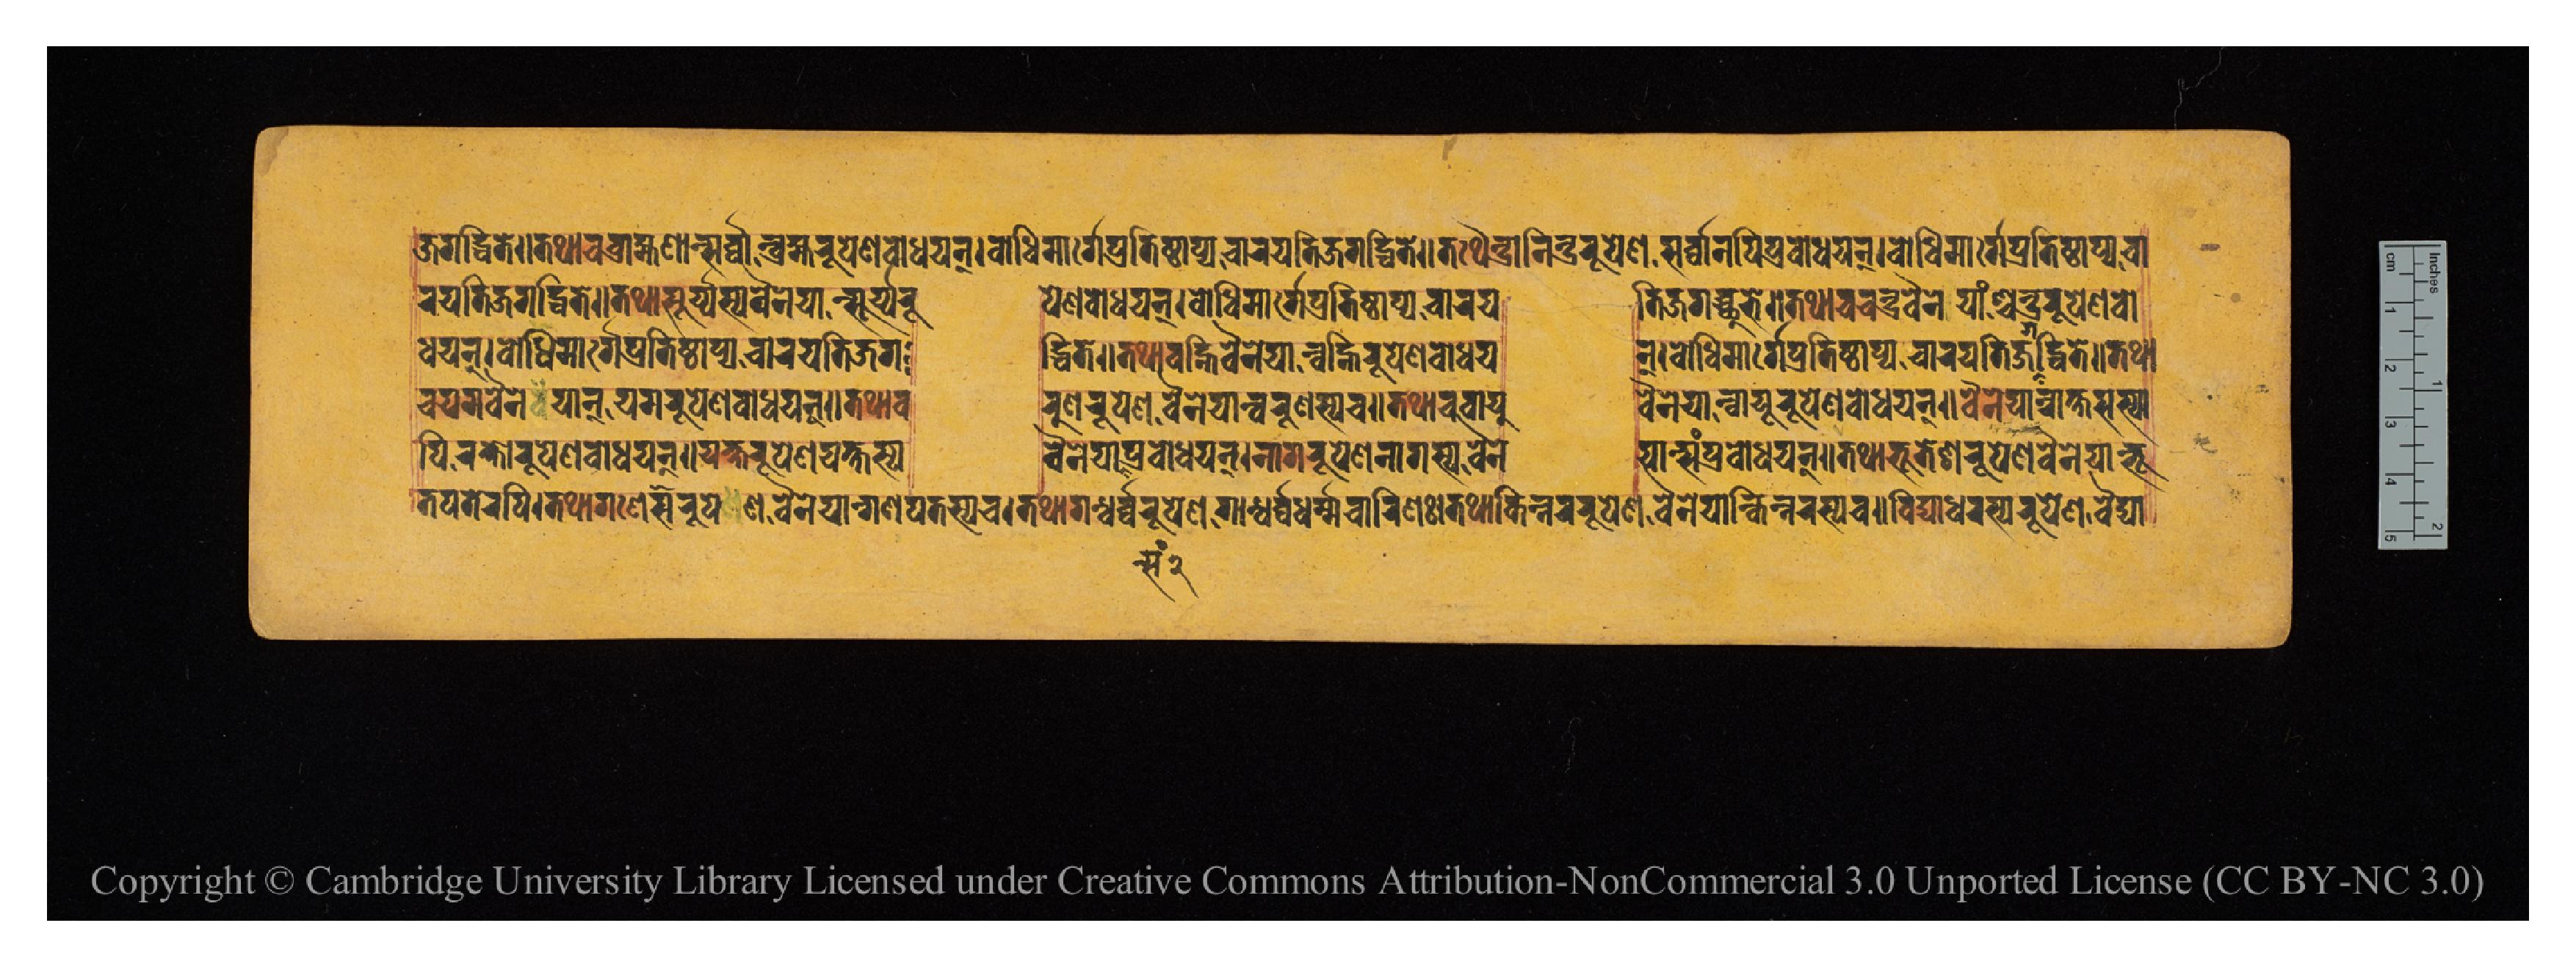
𑐖𑐐𑐡𑑂𑐢𑐶𑐟𑐾𑑌𑐟𑐠𑐵𑐔𑐧𑑂𑐬𑐵𑐴𑑂𑐩𑐞𑐵𑐣𑑂𑐳𑐬𑑂𑐰𑑂𑐰𑐵𑐣𑑂𑐧𑑂𑐬𑐴𑑂𑐩𑐬𑐸𑐥𑐾𑐞𑐧𑑀𑐢𑐫𑐣𑑂𑑋𑐧𑑀𑐢𑐶𑐩𑐵𑐬𑑂𑐐𑐾𑐥𑑂𑐬𑐟𑐶𑐲𑑂𑐛𑐵𑐥𑑂𑐫𑐔𑐵𑐬𑐫𑐣𑑂𑐟𑐶𑐖𑐐𑐡𑑂𑐢𑐶𑐟𑐾𑑌𑐟𑐠𑐿𑐣𑑂𑐡𑑂𑐬𑐵𑐣𑐶𑐣𑑂𑐡𑑂𑐬𑐬𑐸𑐥𑐾𑐞𑐳𑐬𑑂𑐰𑑂𑐰𑐵𑐣𑐥𑐶𑐥𑑂𑐬𑐧𑑀𑐢𑐫𑐣𑑂𑑋𑐧𑑀𑐢𑐶𑐩𑐵𑐬𑑂𑐐𑐾𑐥𑑂𑐬𑐟𑐶𑐲𑑂𑐛𑐵𑐥𑑂𑐫𑐔𑐵 𑐬𑐫𑐟𑐶𑐖𑐐𑐡𑑂𑐢𑐶𑐟𑐾𑑌𑐟𑐠𑐵𑐳𑐹𑐬𑑂𑐫𑐳𑑂𑐫𑐰𑐿𑐣𑐾𑐫𑐵𑐣𑑂𑐳𑐹𑐬𑑂𑐫𑐾𑐬𑐸  𑐥𑐾𑐞𑐧𑑀𑐢𑐫𑐣𑑂𑑋𑐧𑑀𑐢𑐶𑐩𑐵𑐬𑑂𑐐𑐾𑐥𑑂𑐬𑐟𑐶𑐲𑑂𑐛𑐵𑐥𑑂𑐫𑐔𑐵𑐬𑐫  𑐟𑐶𑐖𑐐𑐡𑑂𑐢𑐶𑐟𑐾𑑌𑐟𑐠𑐵𑐔𑐔𑐣𑑂𑐡𑑂𑐬𑐰𑐿𑐣𑐾𑐫𑐵𑑄𑐱𑑂𑐔𑐣𑑂𑐡𑑂𑐬𑐬𑐸𑐥𑑂𑐬𑐾𑐞𑐧𑑀 𑐢𑐫𑐣𑑂𑑋𑐧𑑀𑐢𑐶𑐩𑐵𑐬𑑂𑐐𑐾𑐥𑑂𑐬𑐟𑐶𑐲𑑂𑐛𑐵𑐥𑑂𑐫𑐔𑐵𑐬𑐫𑐟𑐶𑐖𑐐  𑐡𑑂𑐢𑐶𑐟𑐾𑑌𑐟𑐠𑐵𑐔𑐰𑐴𑑂𑐣𑐶𑐰𑐿𑐣𑐾𑐫𑐵𑐣𑑂𑐰𑐴𑑂𑐣𑐶𑐬𑐸𑐥𑐾𑐞𑐧𑑀𑐢𑐫  𑐣𑑂𑑋𑐧𑑀𑐢𑐶𑐩𑐵𑐬𑑂𑐐𑐾𑐥𑑂𑐬𑐟𑐶𑐲𑑂𑐛𑐵𑐥𑑂𑐫𑐔𑐵𑐬𑐫𑐟𑐶𑐖𑐐𑐡𑑂𑐢𑐶𑐟𑐾𑑌𑐟𑐠𑐵 𑐔𑐫𑐩𑐰𑐿𑐣𑐾𑐫𑐵𑐣𑑂𑐫𑐩𑐬𑐸𑐥𑐾𑐞𑐧𑑀𑐢𑐫𑐣𑑂𑑌𑐟𑐠𑐵𑐰   𑐬𑐸𑐞𑐬𑐹𑐥𑐾𑐞𑐰𑐿𑐣𑐾𑐫𑐵𑐣𑑂𑐰𑐬𑐹𑐞𑐳𑑂𑐫𑐔𑑌𑐟𑐠𑐵𑐔𑐰𑐵𑐫𑐸 𑐰𑐿𑐣𑐾𑐫𑐵𑐣𑑂𑐰𑐵𑐫𑐸𑐬𑐸𑐥𑐾𑐞𑐧𑑀𑐢𑐫𑐣𑑂𑑌𑐰𑐿𑐣𑐾𑐫𑐵𑐣𑑂𑐬𑐵𑐎𑑂𑐲𑐳𑐳𑑂𑐫𑐵 𑐟𑐥𑐬𑐾𑐬𑐥𑐶𑑋𑐟𑐠𑐵𑐐𑐞𑐾𑐱𑐬𑐸𑐥𑐾𑐞𑐰𑐿𑐣𑐾𑐫𑐵𑐣𑑂𑐐𑐞𑐥𑐳𑑂𑐫𑐔𑑌𑐟𑐠𑐵𑐐𑐣𑑂𑐢𑐬𑑂𑐰𑑂𑐰𑐬𑐸𑐥𑐾𑐞𑐐𑐵𑐣𑑂𑐢𑐬𑑂𑐰𑑂𑐰𑐢𑐬𑑂𑐩𑑂𑐩𑐔𑐵𑐬𑐶𑐞𑑅𑑋𑐟𑐠𑐵𑐎𑐶𑐣𑑂𑐣𑐬𑐬𑐸𑐥𑐾𑐞𑐰𑐿𑐣𑐾𑐫𑐵𑐣𑑂𑐎𑐶𑐣𑑂𑐣𑐬𑐳𑑂𑐫𑐔𑑌𑐰𑐶𑐡𑑂𑐫𑐵𑐢𑐬𑐳𑑂𑐫𑐬𑐸𑐥𑐾𑐞𑐰𑐿𑐡𑑂𑐫𑐵 𑐥𑐶𑐬𑐎𑑂𑐲𑑀𑐬𑐸𑐥𑐾𑐞𑐧𑑀𑐢𑐫𑐣𑑂𑑌𑐫𑐎𑑂𑐲𑐬𑐸𑐥𑐾𑐞𑐫𑐎𑑂𑐲𑐳𑑂𑐫  𑐰𑐿𑐣𑐾𑐫𑐵𑐣𑑂𑐳𑑄𑐥𑑂𑐬𑐧𑑀𑐢𑐫𑐣𑑂𑑋𑐣𑐵𑐐𑐬𑐸𑐥𑐾𑐞𑐣𑐵𑐐𑐳𑑂𑐫𑐰𑐿𑐣𑐾  𑐫𑐵𑐣𑑂𑐳𑑄𑐥𑑂𑐬𑐧𑑀𑐢𑐫𑐣𑑂𑑌𑐟𑐠𑐵𑐨𑐹𑐟𑐾𑐱𑐬𑐸𑐥𑐾𑐞𑐰𑐿𑐣𑐾𑐫𑐵𑐣𑑂𑐨𑐹